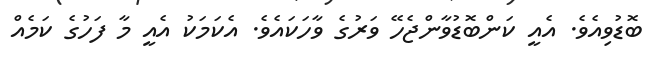
ބޮޑުވިއެވެ. އެއީ ކަންބޮޑުވާންޖެހޭ ވަރުގެ ވާހަކައެވެ. އެކަމަކު އެއީ މާ ފަހުގެ ކަމެއް